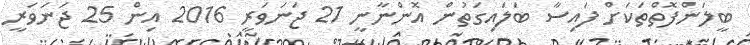
ބީލަންފޮތްތަކަށް ފައިސާ ބަލައިގަތުން އޮންނާނީ 21 ޖަނަވަރީ 2016 އިން 25 ޖަނަވަރީ